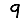
Digit: 9